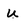
Character: u